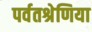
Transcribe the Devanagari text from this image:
पर्वतश्रेणिया